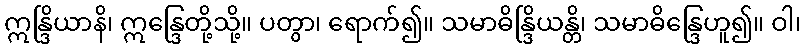
ဣန္ဒြိယာနိ၊ ဣန္ဒြေတို့သို့။ ပတွာ၊ ရောက်၍။ သမာဓိန္ဒြိယန္တိ၊ သမာဓိန္ဒြေဟူ၍။ ဝါ၊